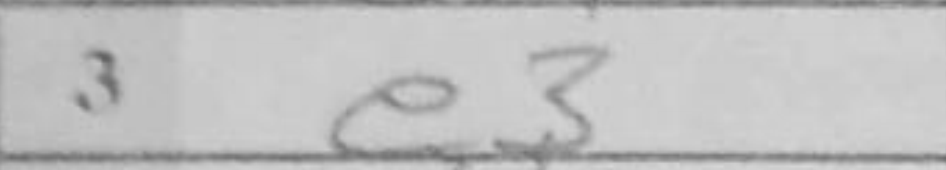
Transcription: e3